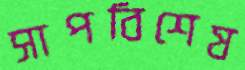
সাপবিশেষ